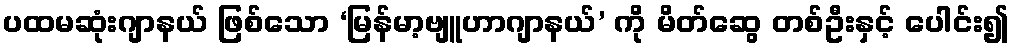
ပထမဆုံးဂျာနယ် ဖြစ်သော ‘မြန်မာ့ဗျူဟာဂျာနယ်’ ကို မိတ်ဆွေ တစ်ဦးနှင့် ပေါင်း၍